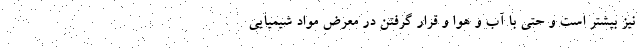
نیز بیشتر است و حتی با آب و هوا و قرار گرفتن در معرض مواد شیمیایی